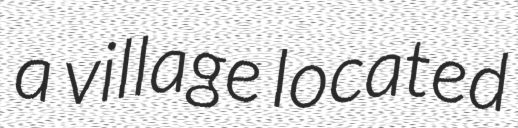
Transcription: a village located